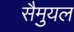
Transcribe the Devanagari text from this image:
सैमुयल